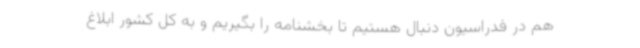
هم در فدراسیون دنبال هستیم تا بخشنامه را بگیریم و به کل کشور ابلاغ